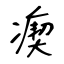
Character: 瘈